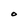
Character: O